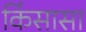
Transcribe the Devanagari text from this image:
किंसासा